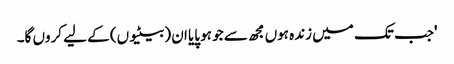
'جب تک میں زندہ ہوں مجھ سے جو ہو پایا ان (بیٹیوں) کے لیے کروں گا۔